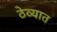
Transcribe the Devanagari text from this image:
ठेव्यात